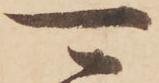
可